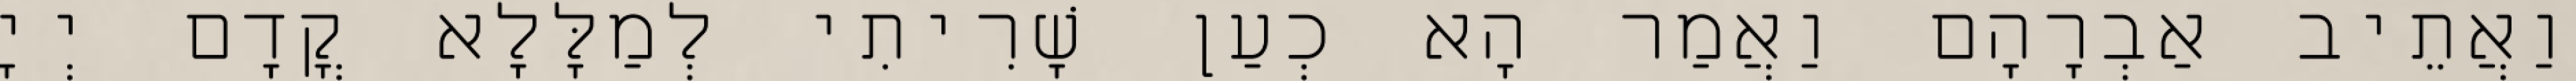
וַאֲתֵיב אַבְרָהָם וַאֲמַר הָא כְעַן שָׁרִיתִי לְמַלָּלָא קֳדָם יְיָ